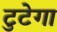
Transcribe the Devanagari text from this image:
टुटेगा